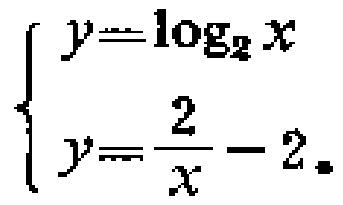
$\left\{\begin{array}{l}y = \log_{2}x\\y=\frac{2}{x}-2\end{array}\right.$